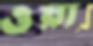
ওয়া